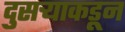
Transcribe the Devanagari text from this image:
दुसर्‍याकडून